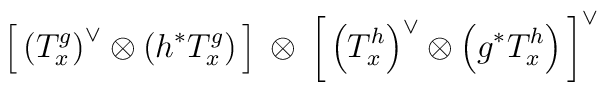
\left[ \, \left( T^g_x \right)^{\vee} \otimes \left( h^* T^g_x \right)\, \right] \: \otimes \:\left[ \, \left( T^h_x \right)^{\vee} \otimes \left( g^* T^h_x \right)\, \right]^{\vee}